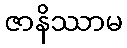
ဇာနိဿာမ